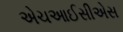
એચઆઈસીએસ